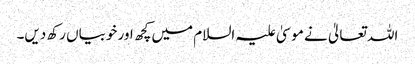
اللہ تعالیٰ نے موسیٰ علیہ السلام میں کچھ اور خوبیاں رکھ دیں۔